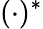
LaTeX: (\cdot)^{*}